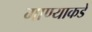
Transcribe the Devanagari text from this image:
गाण्याकडे